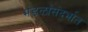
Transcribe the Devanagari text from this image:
मंडळांसंदर्भात